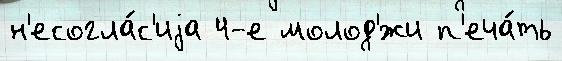
н'есогла́с'иjа 4-е молод'́жи п'еча́ть